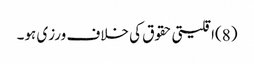
(8)اقلیتی حقوق کی خلاف ورزی ہو۔